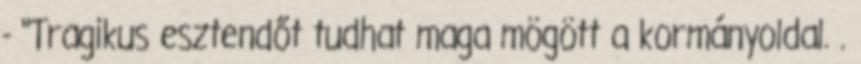
- "Tragikus esztendőt tudhat maga mögött a kormányoldal. .